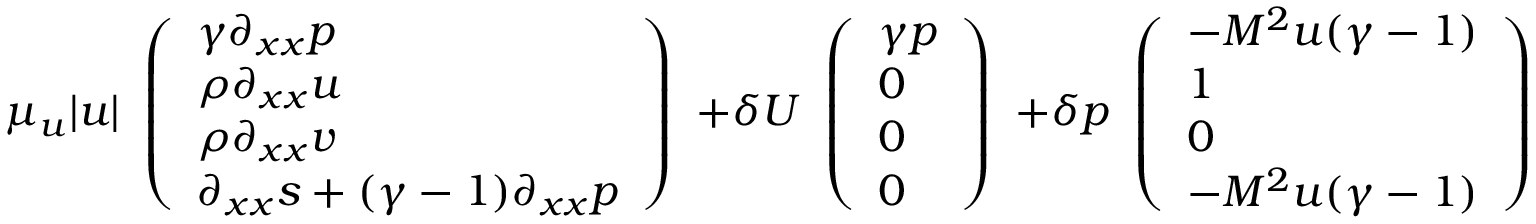
\mu _ { u } | u | \begin{array} { l } { \left( \begin{array} { l } { \gamma \partial _ { x x } p } \\ { \rho \partial _ { x x } u } \\ { \rho \partial _ { x x } v } \\ { \partial _ { x x } s + ( \gamma - 1 ) \partial _ { x x } p } \end{array} \right) } \end{array} + \delta U \begin{array} { l } { \left( \begin{array} { l } { \gamma p } \\ { 0 } \\ { 0 } \\ { 0 } \end{array} \right) } \end{array} + \delta p \begin{array} { l } { \left( \begin{array} { l } { - M ^ { 2 } u ( \gamma - 1 ) } \\ { 1 } \\ { 0 } \\ { - M ^ { 2 } u ( \gamma - 1 ) } \end{array} \right) } \end{array}